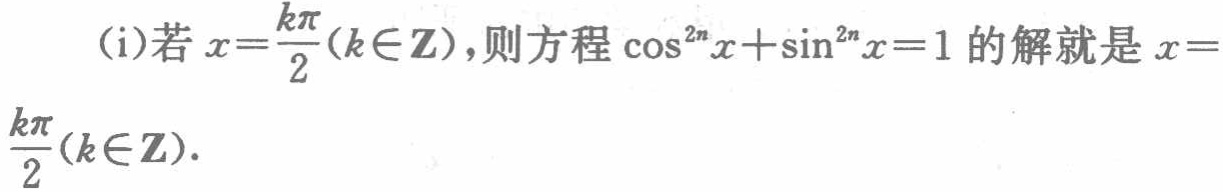
(i)若\(x = \frac{k\pi}{2}(k\in\mathbf{Z})\)，则方程\(\cos^{2n}x+\sin^{2n}x = 1\)的解就是\(x = \frac{k\pi}{2}(k\in\mathbf{Z})\).